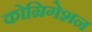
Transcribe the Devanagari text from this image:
कोग्रिगेशन